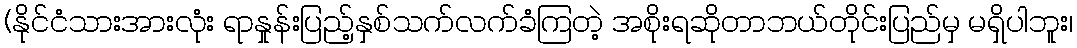
(နိုင်ငံသားအားလုံး ရာနှုန်းပြည့်နှစ်သက်လက်ခံကြတဲ့ အစိုးရဆိုတာဘယ်တိုင်းပြည်မှ မရှိပါဘူး၊